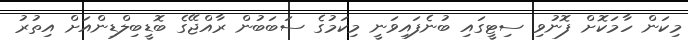
މިކަން ހާމަކޮށް ފޮނުވި ސިޓީގައި ބުނެފައިވަނީ މިކަމުގެ ސަބަބުން ރާއްޖޭގެ ބޮޑީބިލްޑިންއަށް އިތުރު